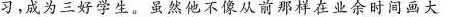
习，成为三好学生。虽然他不像从前那样在业余时间画大